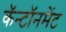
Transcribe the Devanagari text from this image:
कॅन्टॉनमेंट